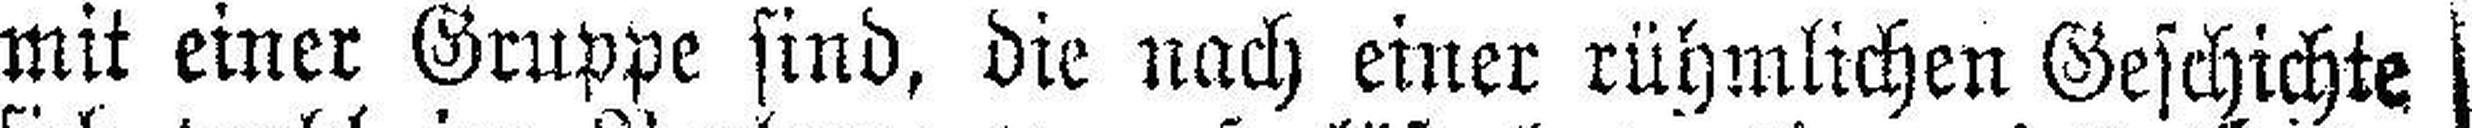
mit einer Gruppe sind, die nach einer rühmlichen Geschichte